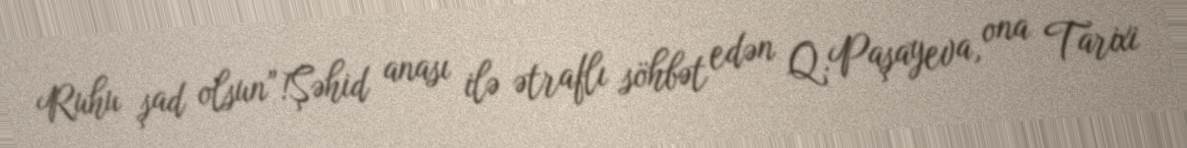
Ruhu şad olsun”!Şəhid anası ilə ətraflı söhbət edən Q.Paşayeva, ona Tarixi